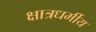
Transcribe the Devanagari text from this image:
क्षात्रधर्मीय